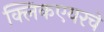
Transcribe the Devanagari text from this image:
क्लिकएयरचे